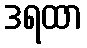
ဒရထာ